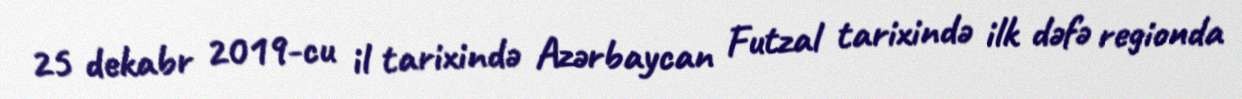
25 dekabr 2019-cu il tarixində Azərbaycan Futzal tarixində ilk dəfə regionda